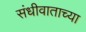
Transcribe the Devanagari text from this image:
संधीवाताच्या